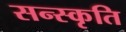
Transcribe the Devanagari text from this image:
सन्स्कृति